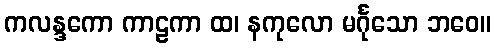
ကလန္ဒကော ကာဠကာ ထ၊ နကုလော မင်္ဂုသော ဘဝေ။